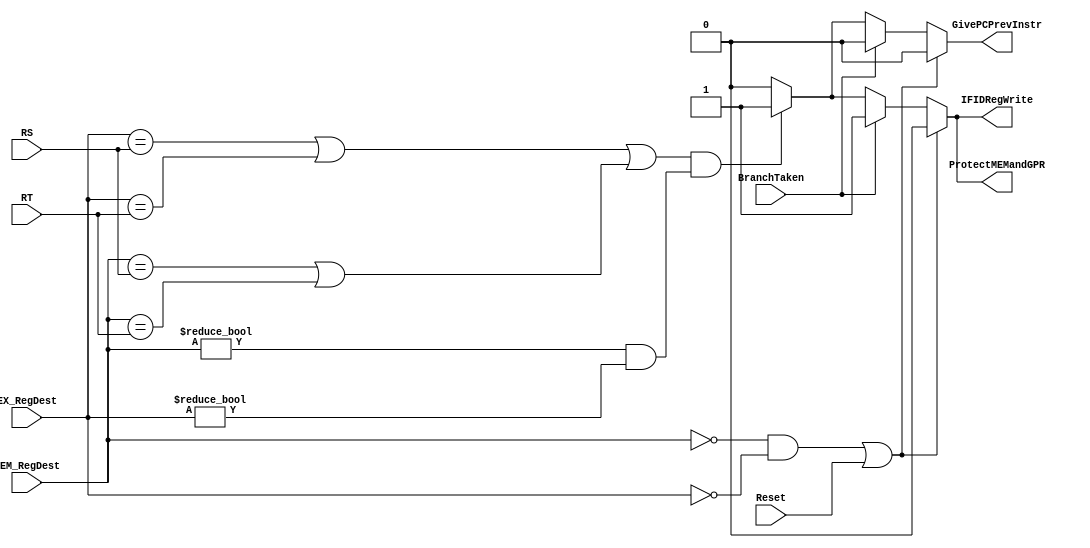
`timescale 1ns / 1ps
//////////////////////////////////////////////////////////////////////////////////
// ECE369 - Computer Architecture
//Percentages
//Mason: 33%
//Alex: 33%
// Ali: 33%
//////////////////////////////////////////////////////////////////////////////////


module HazardDetectorUnit(
    input [20:16] RT,
    input [25:21] RS,
    
    input BranchTaken,
    
    input [4:0] EX_RegDest,
    input [4:0] MEM_RegDest,
    
    input Reset,
    
    output reg GivePCPrevInstr,
    output reg IFIDRegWrite,
    output reg ProtectMEMandGPR
    );
    
    initial begin 
        GivePCPrevInstr <= 0;
        IFIDRegWrite <= 0;
        ProtectMEMandGPR <= 0;
    end
    
    always @(RT, RS, BranchTaken, EX_RegDest, MEM_RegDest, Reset ) begin 
//            $display("hazard");
        GivePCPrevInstr <= 0;
        IFIDRegWrite <= 0;
        ProtectMEMandGPR <= 0;
        if (BranchTaken) begin 
                GivePCPrevInstr <= 0;
                IFIDRegWrite <= 1;
                ProtectMEMandGPR <= 1;
        end
        else begin
            if (
                (
                    ( (EX_RegDest == RS) || (EX_RegDest == RT)   )  ||
                    ( (MEM_RegDest == RS) || (MEM_RegDest == RT) )
                ) && 
                ( (MEM_RegDest != 4'd0) &&
                  (EX_RegDest != 4'd0) 
                )
               ) begin 
                    GivePCPrevInstr <= 1;
                    IFIDRegWrite <= 1;
                    ProtectMEMandGPR <= 1; 
                end     
        end
        
        if (  
            ( (MEM_RegDest == 4'd0) &&
              (EX_RegDest == 4'd0) ) ||
            (Reset == 1)
           ) begin 
                GivePCPrevInstr <= 0;
                IFIDRegWrite <= 0;
                ProtectMEMandGPR <= 0; 
           end
    end
    
endmodule